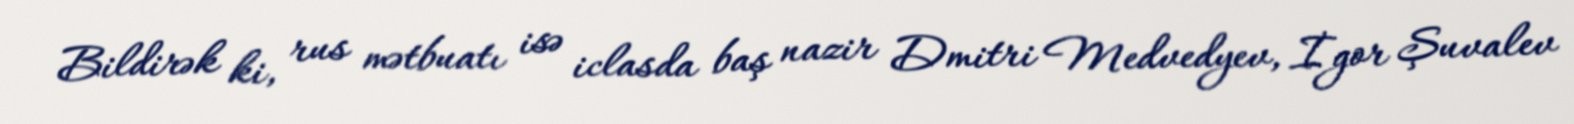
Bildirək ki, rus mətbuatı isə iclasda baş nazir Dmitri Medvedyev, İgor Şuvalev